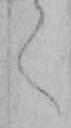
く